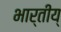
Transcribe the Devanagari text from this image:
भार्तीय्